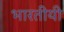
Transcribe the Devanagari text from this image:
भारतीयी